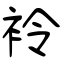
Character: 袊